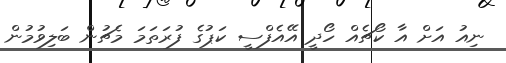
ނިއު އަށް އާ ކޯޗެއް ހޯދީ އޭއެފްސީ ކަޕުގެ ފުރަތަމަ މެޗުން ބަލިވުމުން